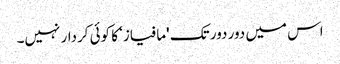
اس میں دور دور تک 'مافیاز‘ کا کوئی کردار نہیں۔